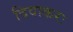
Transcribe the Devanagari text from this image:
दिवाकरः